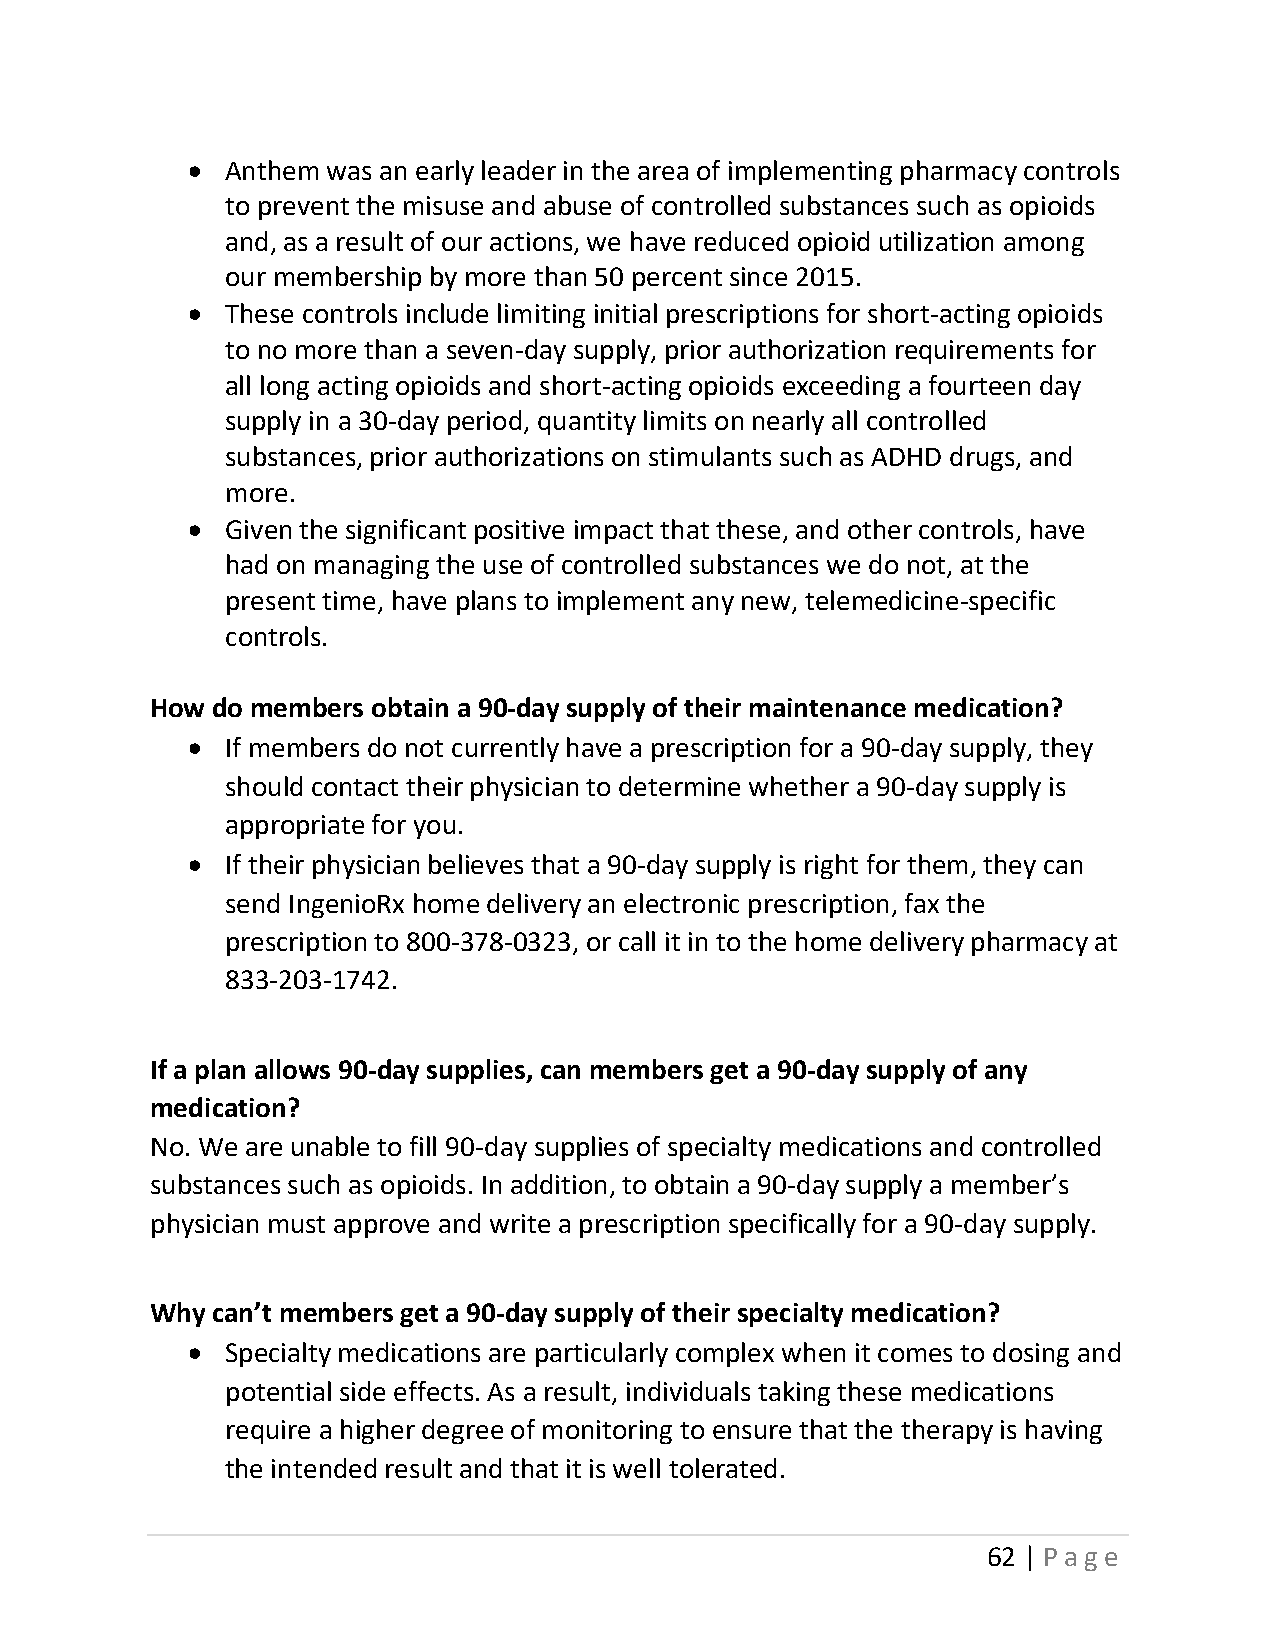
•  Anthem was an early leader in the area of implementing pharmacy controls
 to prevent the misuse and abuse of controlled substances such as opioids
 and, as a result of our actions, we have reduced opioid utilization among
 our membership by more than 50 percent since 2015.
 •  These controls include limiting initial prescriptions for short-acting opioids
 to no more than a seven-day supply, prior authorization requirements for
 all long acting opioids and short-acting opioids exceeding a fourteen day
 supply in a 30-day period, quantity limits on nearly all controlled
 substances, prior authorizations on stimulants such as ADHD drugs, and
 more.
 •  Given the significant positive impact that these, and other controls, have
 had on managing the use of controlled substances we do not, at the
 present time, have plans to implement any new, telemedicine-specific
 controls.
 How do members obtain a 90-day supply of their maintenance medication?
 •  If members do not currently have a prescription for a 90-day supply, they
 should contact their physician to determine whether a 90-day supply is
 appropriate for you.
 •  If their physician believes that a 90-day supply is right for them, they can
 send IngenioRx home delivery an electronic prescription, fax the
 prescription to 800-378-0323, or call it in to the home delivery pharmacy at
 833-203-1742.
 If a plan allows 90-day supplies, can members get a 90-day supply of any
 medication?
 No. We are unable to fill 90-day supplies of specialty medications and controlled
 substances such as opioids. In addition, to obtain a 90-day supply a member’s
 physician must approve and write a prescription specifically for a 90-day supply.
 Why can’t members get a 90-day supply of their specialty medication?
 •  Specialty medications are particularly complex when it comes to dosing and
 potential side effects. As a result, individuals taking these medications
 require a higher degree of monitoring to ensure that the therapy is having
 the intended result and that it is well tolerated.
 62 | Page